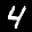
Label: 4